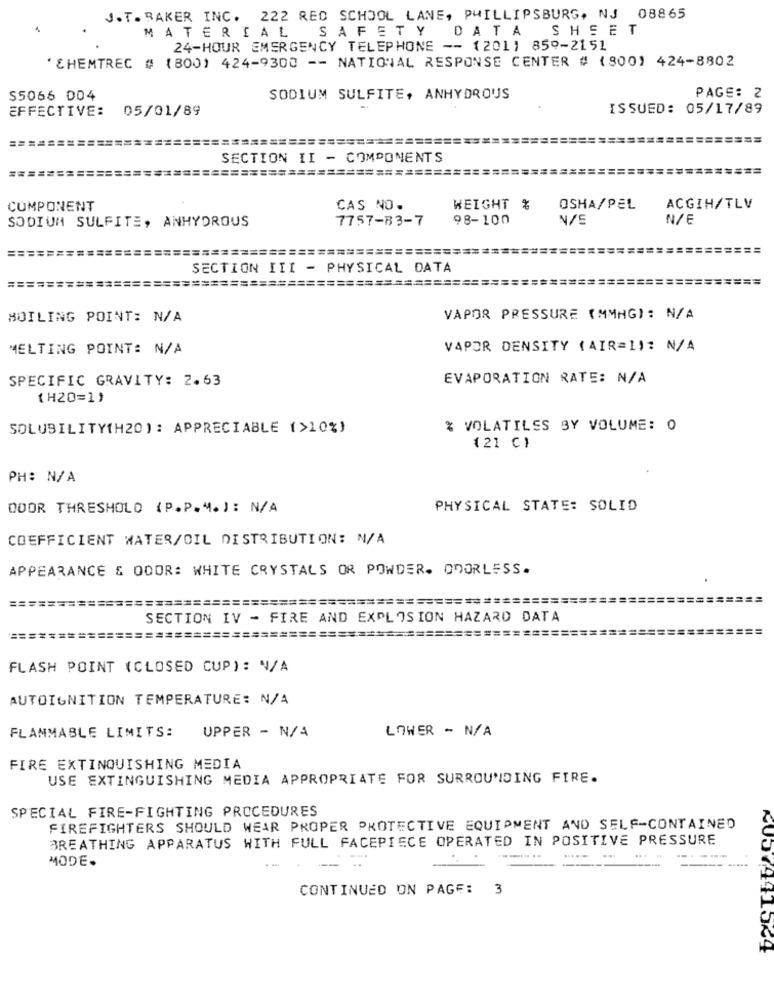
J.T. BAKER INC. 222 RED SCHOOL LANE, PHILLIPSBURG, NJ 08865
SHEET
MATERIAL
SAFETY DATA
24-HOUR EMERGENCY TELEPHONE -- (2011 859-2151
' CHEMTREC # (800) 424-9300 -- NATIONAL RESPONSE CENTER # (800) 424-8802
S5066 004
SODIUM SULFITE, ANHYDROUS
PAGE: 2
EFFECTIVE:
05/01/89
ISSUED: 05/17/89
==============
SECTION II - COMPONENTS
=========
============================
COMPONENT
CAS NO.
WEIGHT %
OSHA/PEL
ACGIH/TLV
SODIUM SULFITE, ANHYDROUS
7757-83-7
98-100
N/S
N/E
========================================
SECTION III - PHYSICAL DATA
============================================
BOILING POINT: N/A
VAPOR PRESSURE (MMHG) : N/A
MELTING POINT: N/A
VAPOR DENSITY ( AIR=1): N/A
SPECIFIC GRAVITY: 2.63
EVAPORATION RATE: N/A
(H20=1)
SOLUBILITY(H20): APPRECIABLE (>10%)
% VOLATILES BY VOLUME: 0
(21 C)
PH: N/A
DOOR THRESHOLD (P.P.M. ): N/A
PHYSICAL STATE: SOLID
COEFFICIENT WATER/OIL DISTRIBUTION: N/A
APPEARANCE & ODOR: WHITE CRYSTALS OR POWDER. ODORLESS.
===
============================
========================
===
===
SECTION IV - FIRE AND EXPLOSION HAZARD DATA
====
==============
FLASH POINT (CLOSED CUP): N/A
AUTOIGNITION TEMPERATURE: N/A
FLAMMABLE LIMITS:
UPPER - N/A
LOWER - N/A
FIRE EXTINQUISHING MEDIA
USE EXTINGUISHING MEDIA APPROPRIATE FOR SURROUNDING FIRE.
SPECIAL FIRE-FIGHTING PROCEDURES
FIREFIGHTERS SHOULD WEAR PROPER PROTECTIVE EQUIPMENT AND SELF-CONTAINED
BREATHING APPARATUS WITH FULL FACEPIECE OPERATED IN POSITIVE PRESSURE
MODE.
....
--
..
CONTINUED ON PAGE: 3